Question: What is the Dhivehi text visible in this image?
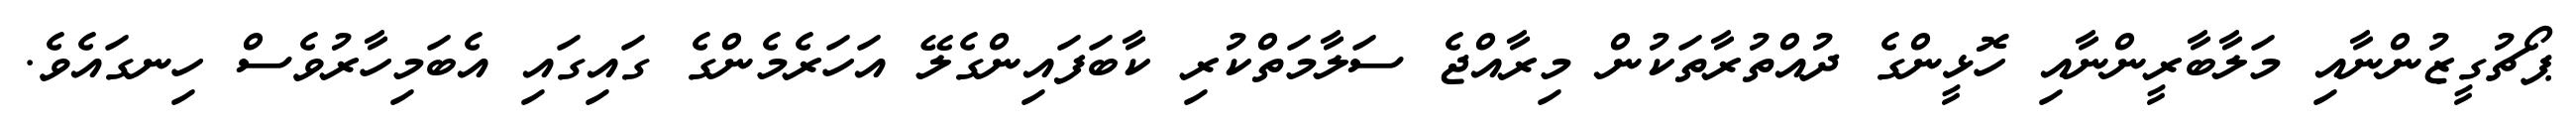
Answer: ޕޯޗުގީޒުންނާއި މަލާބާރީންނާއި ހޮޅީންގެ ދުއްތުރާތަކުން މިރާއްޖެ ސަލާމަތްކުރި ކާބަފައިންގެލޭ އަހަރެމެންގެ ގައިގައި އެބަމިހާރުވެސް ހިނގައެވެ.